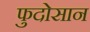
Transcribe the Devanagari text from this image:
फुदोसान